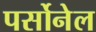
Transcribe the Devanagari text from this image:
पर्सोनेल